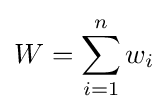
W=\sum _{i=1}^{n}w_{i}